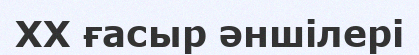
ХХ ғасыр әншілері